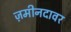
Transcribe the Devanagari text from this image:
ज़मीनदावर